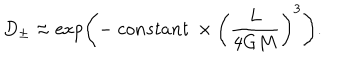
LaTeX: D _ { \pm } \approx \exp \left( - \ c o n s t a n t \ \times \left( \frac { L } { 4 G M } \right) ^ { 3 } \right) .